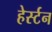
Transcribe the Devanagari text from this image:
हेर्स्टन